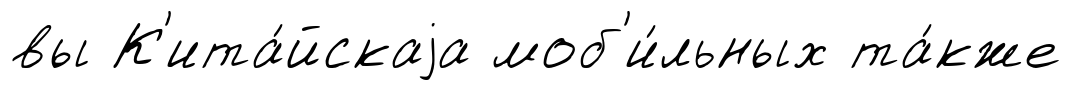
вы К'ита́йскаjа моб'и́льных та́кже